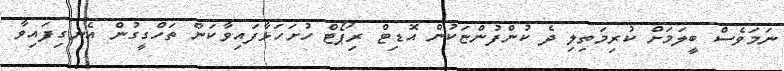
ނަމަވެސް ބީލަމަށް ކުރިމަތިލި ދެ ކުންފުންޏަކުން އޮޑިޓް ރިޕޯޓް ހުށަހަޅާފައިވާކަން ތަހްގީގުން އެނގިފައިވާ